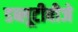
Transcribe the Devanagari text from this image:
डब्लूटीवीजे